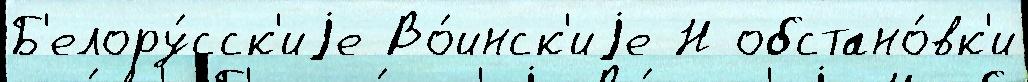
Б'елору́сск'иjе Во́инск'иjе Н обстано́вк'и